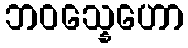
ဘဝသ္နေဟော